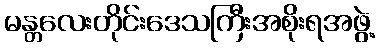
မန္တလေးတိုင်းဒေသကြီးအစိုးရအဖွဲ့